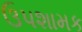
ઉપશામક